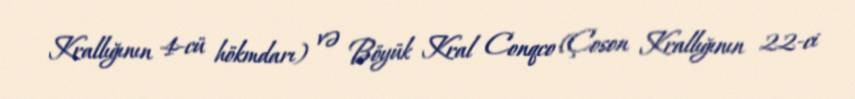
Krallığının 4-cü hökmdarı) və Böyük Kral Conqco (Çoson Krallığının 22-ci